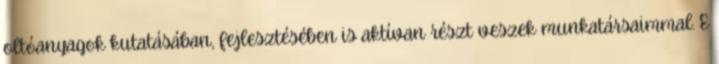
oltóanyagok kutatásában, fejlesztésében is aktívan részt veszek munkatársaimmal. E